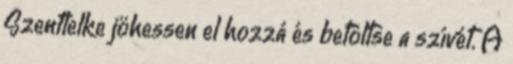
Szentlelke jöhessen el hozzá és betöltse a szívét. A